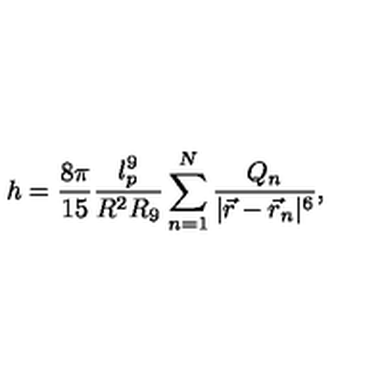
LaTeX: h = \frac { 8 \pi } { 1 5 } \frac { l _ { p } ^ { 9 } } { R ^ { 2 } R _ { 9 } } \sum _ { n = 1 } ^ { N } \frac { Q _ { n } } { | \vec { r } - \vec { r } _ { n } | ^ { 6 } } ,